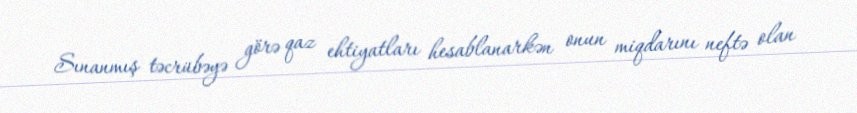
Sınanmış təcrübəyə görə qaz ehtiyatları hesablanarkən onun miqdarını neftə olan